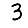
Digit: 3